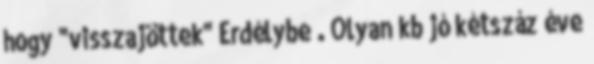
hogy "visszajöttek" Erdélybe . Olyan kb jó kétszáz éve